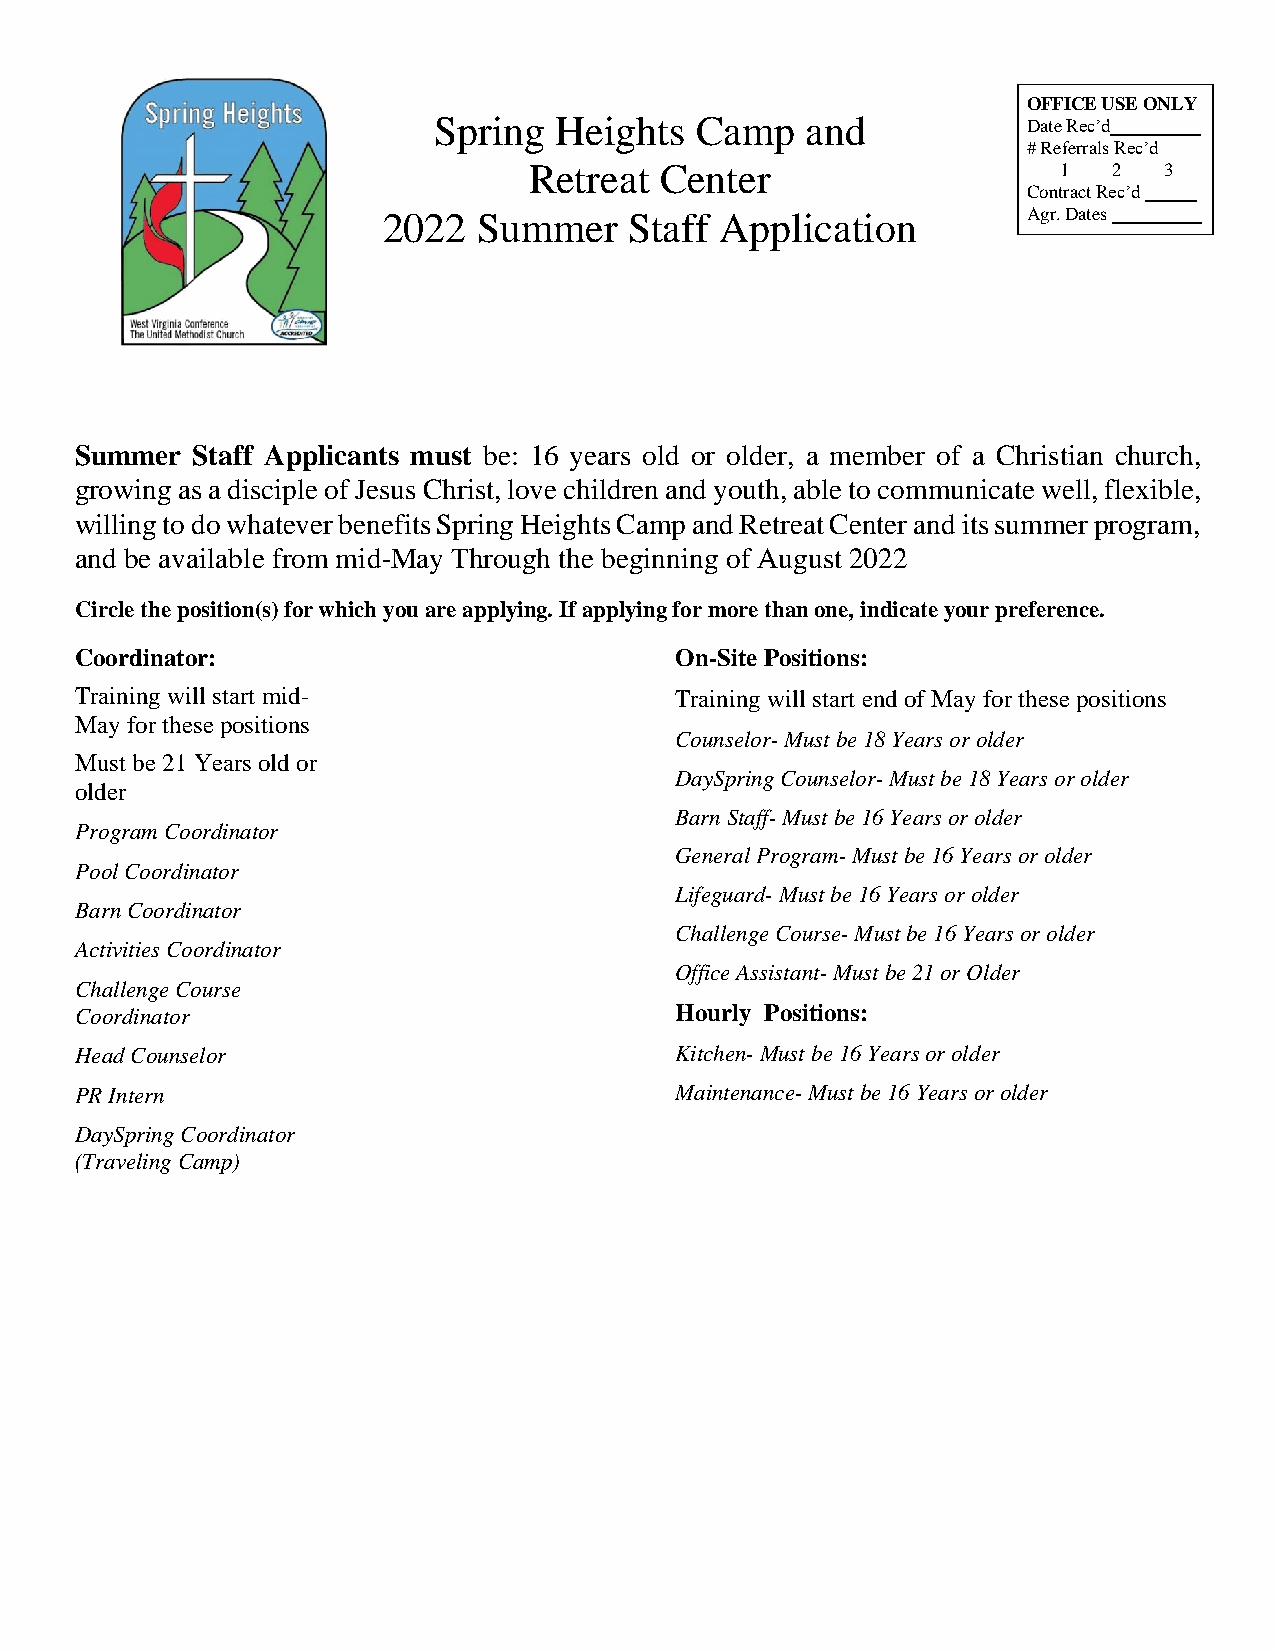
OFFICE USE ONLY
 Spring  Heights  Camp   and            Date Rec’d
 # Referrals Rec’d
 Retreat  Center                    1   2  3
 Contract Rec’d
 2022   Summer    Staff Application         Agr. Dates
 Summer  Staff Applicants must be: 16 years old or older, a member of a Christian church,
 growing as a disciple of Jesus Christ, love children and youth, able to communicate well, flexible,
 willing to do whatever benefits Spring Heights Camp and Retreat Center and its summer program,
 and be available from mid-May Through the beginning of August 2022
 Circle the position(s) for which you are applying. If applying for more than one, indicate your preference.
 Coordinator:                            On-Site Positions:
 Training will start mid-                Training will start end of May for these positions
 May for these positions
 Counselor- Must be 18 Years or older
 Must be 21 Years old or
 DaySpring Counselor- Must be 18 Years or older
 older
 Barn Staff- Must be 16 Years or older
 Program Coordinator
 General Program- Must be 16 Years or older
 Pool Coordinator
 Lifeguard- Must be 16 Years or older
 Barn Coordinator
 Challenge Course- Must be 16 Years or older
 Activities Coordinator
 Office Assistant- Must be 21 or Older
 Challenge Course
 Coordinator                             Hourly Positions:
 Head Counselor                          Kitchen- Must be 16 Years or older
 PR Intern                               Maintenance- Must be 16 Years or older
 DaySpring Coordinator
 (Traveling Camp)